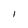
Character: I